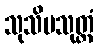
သုသိမသုတ္တံ